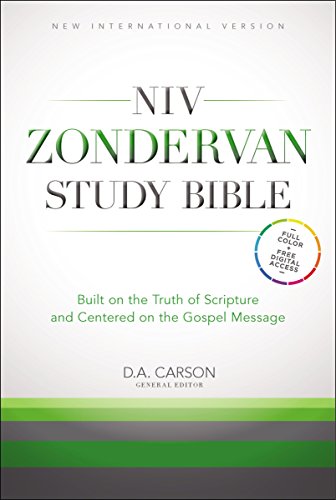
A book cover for NIV Zondervan Study Bible, Hardcover, Full Color, Free Digital: Built on the Truth of Scripture and Centered on the Gospel Message; Christian Books & Bibles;